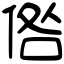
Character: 倃